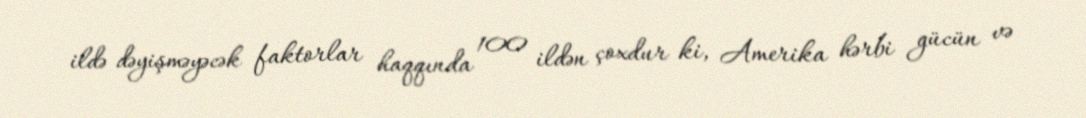
ildə dəyişməyəcək faktorlar haqqında 100 ildən çoxdur ki, Amerika hərbi gücün və